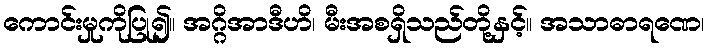
ကောင်းမှုကိုပြု၍။ အဂ္ဂိအာဒီဟိ၊ မီးအစရှိသည်တို့နှင့်။ အသာဓာရဏေ၊